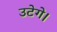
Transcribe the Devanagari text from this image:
उटेगे।